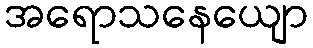
အရောသနေယျော